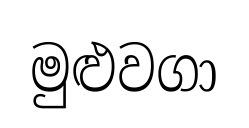
මුළුවගා